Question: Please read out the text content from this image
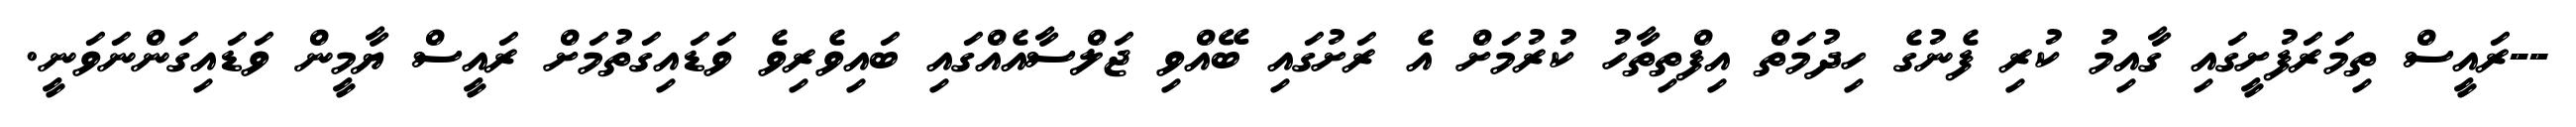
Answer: --ރައީސް ތިމަރަފުށީގައި ގާއިމު ކުރި ފެނުގެ ހިދުމަތް އިފްތިތާހު ކުރުމަށް އެ ރަށުގައި ބޭއްވި ޖަލްސާއެއްގައި ބައިވެރިވެ ވަޑައިގަތުމަށް ރައީސް ޔާމީން ވަޑައިގަންނަވަނީ.